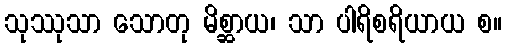
သုဿုသာ သောတု မိစ္ဆာယ၊ သာ ပါရိစရိယာယ စ။